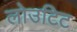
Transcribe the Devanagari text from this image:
लोउटिट